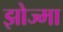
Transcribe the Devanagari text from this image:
झोज्मा